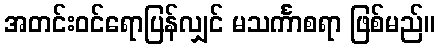
အတင်းဝင်ရောပြန်လျှင် မသင်္ကာစရာ ဖြစ်မည်။